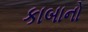
કાબાનો